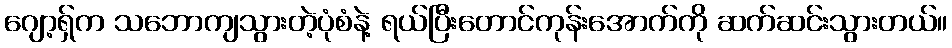
ဂျော့ရှ်က သဘောကျသွားတဲ့ပုံစံနဲ့ ရယ်ပြီးတောင်ကုန်းအောက်ကို ဆက်ဆင်းသွားတယ်။